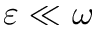
\varepsilon \ll \omega